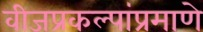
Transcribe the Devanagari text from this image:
वीजप्रकल्पांप्रमाणे